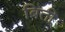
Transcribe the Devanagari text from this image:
बिती